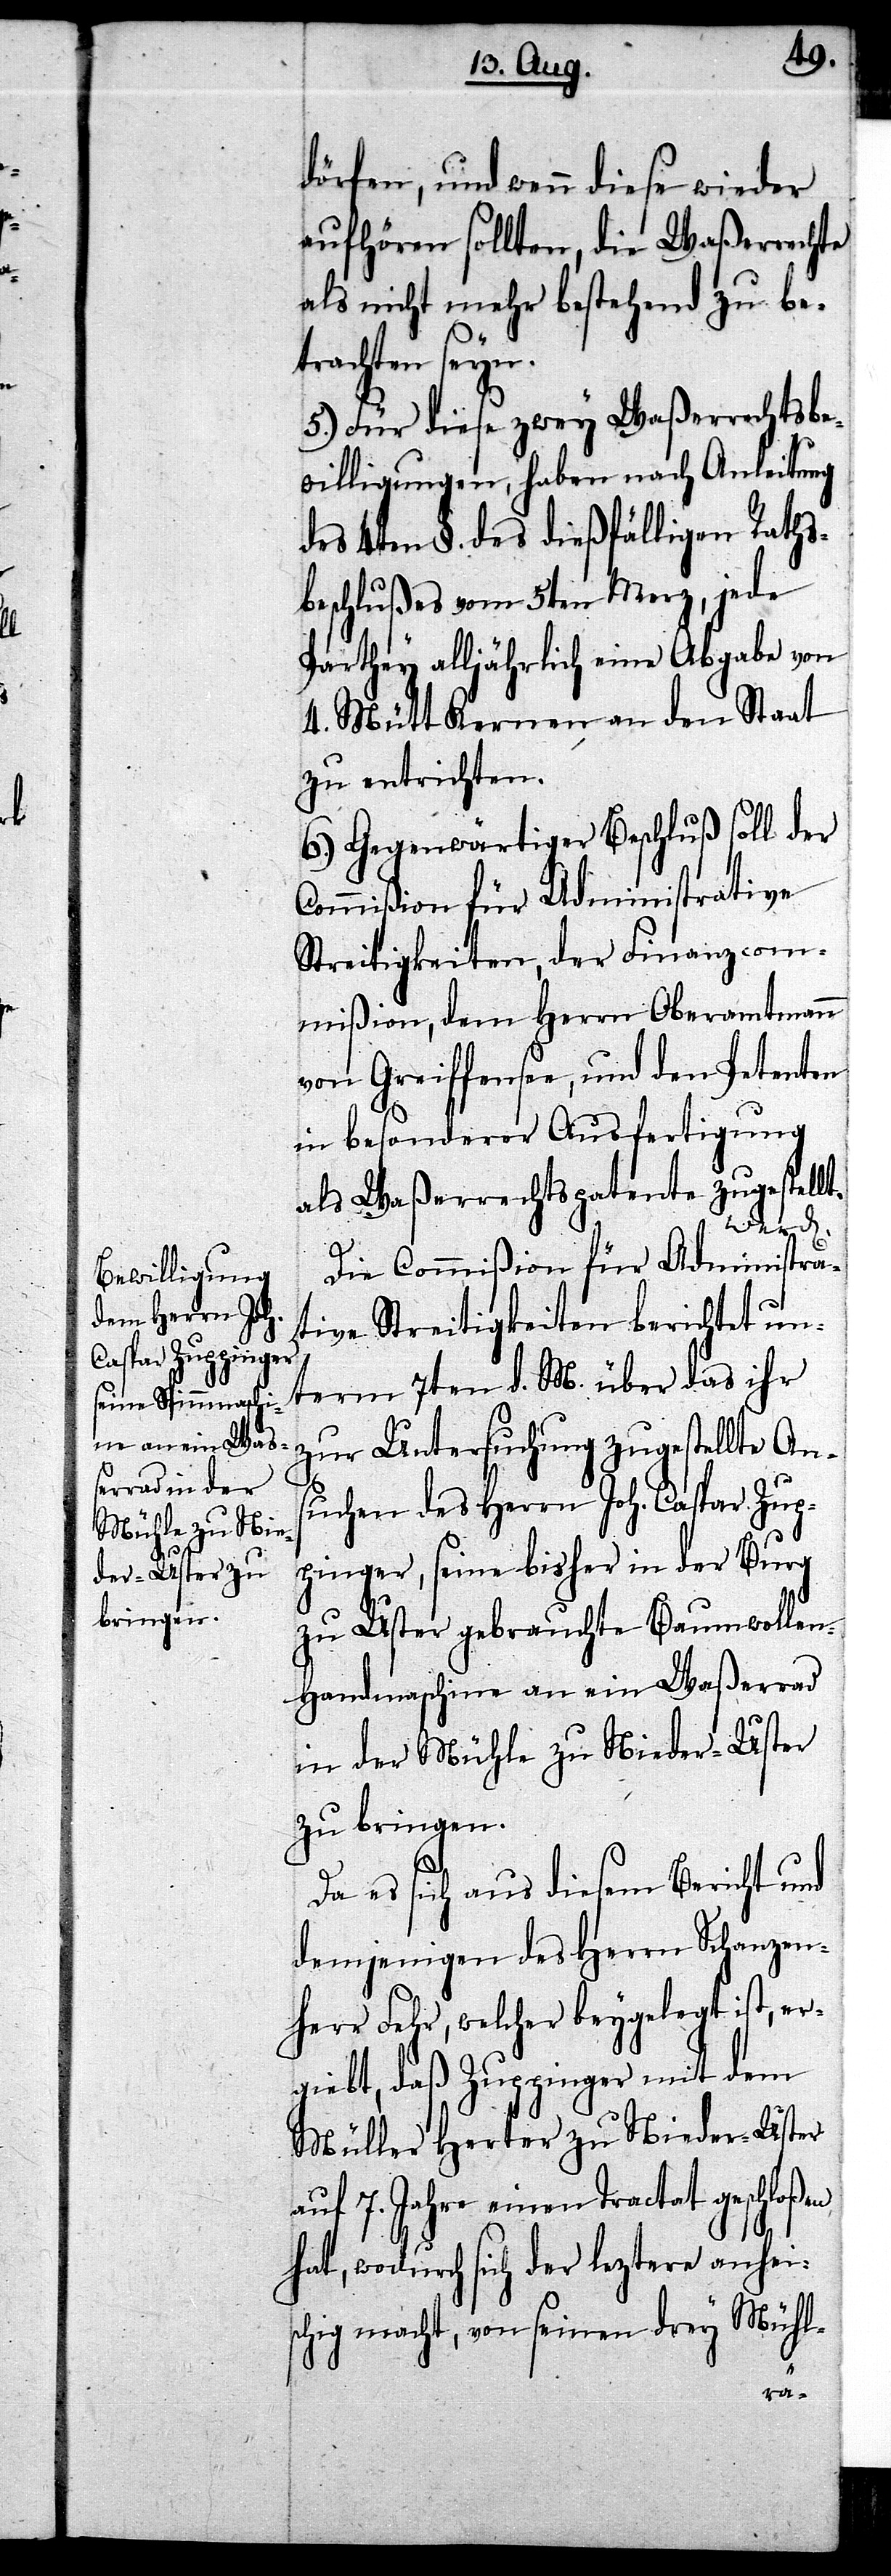
dürfen, und wenn diese wieder
aufhören sollten, die Waßerrechte
als nicht mehr bestehend zu bet¬
rachten seyen.
5.) Für diese zwey Waßerrechtsbe¬
willigungen, haben nach Anleitung
des 4ten §. des dießfälligen Raths¬
beschlußes vom 5ten Merz, jede
Parthey alljährlich eine Abgabe von
4. Mütt Kernen an den Staat
zu entrichten.
6.) Gegenwärtiger Beschluß soll der
Commißion für Administrative
Streitigkeiten, der Finanzcom¬
mißion, dem Herrn Oberamtmann
von Greiffensee, und den Petenten
in besonderer Ausfertigung
als Waßerrechtspatente zugestellt.
werd[en].
Die Commißion für Administra¬
tive Streitigkeiten berichtet un¬
term 7ten d. M. über das ihr
zur Untersuchung zugestellte Ans¬
uchen des Herrn Joh. Caspar Zup¬
pinger, seine bisher in der Burg
zu Uster gebrauchte Baumwolle¬
n-Handmaschine an ein Waßerrad
in der Mühle zu Nieder-Uster
zu bringen.
Da es sich aus diesem Bericht und
demjenigen des Herrn Schanzen¬
herr Fehr, welcher beygelegt ist, er¬
giebt, daß Zuppinger mit dem
Müller Herter zu Nieder-Uster
auf 7. Jahre einen Tractat geschloßen
hat, wodurch sich der leztere anhei¬
schig macht, von seinen drey Mühl-